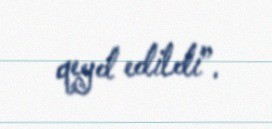
qeyd edildi”.